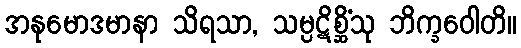
အနုမောဒမာနာ သိရသာ, သမ္ပဋိစ္ဆိံသု ဘိက္ခဝေါတိ။